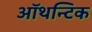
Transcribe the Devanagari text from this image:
ऑथन्टिक